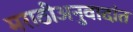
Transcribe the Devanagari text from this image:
मराठीअनुवादांत